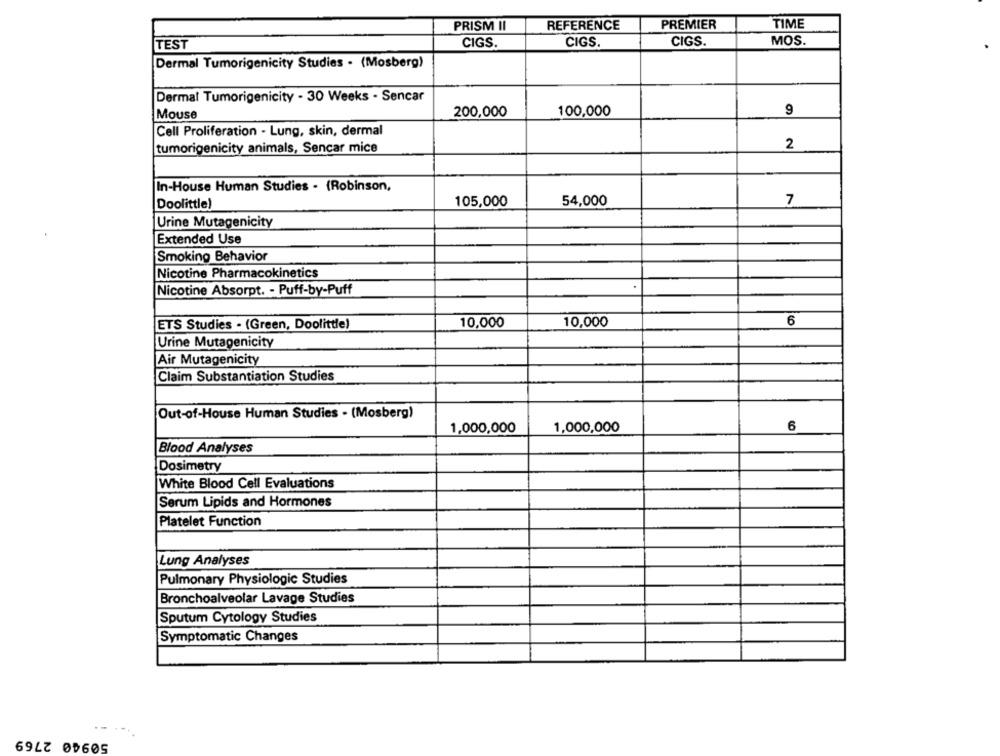
PRISM II
REFERENCE
PREMIER
TIME
TEST
CIGS.
CIGS.
CIGS.
MOS.
Dermal Tumorigenicity Studies . (Mosberg)
Dermat Tumorigenicity - 30 Weeks - Sencar
200,000
100,000
9
Mouse
Cell Proliferation - Lung, skin, dermal
2
tumorigenicity animals, Sencar mice
In-House Human Studies . (Robinson,
Doolittle)
105,000
54,000
7
Urine Mutagenicity
Extended Use
Smoking Behavior
Nicotine Pharmacokinetics
Nicotine Absorpt. - Puff-by-Puff
ETS Studies . (Green, Doolittle)
10,000
10,000
6
Urine Mutagenicity
Air Mutagenicity
Claim Substantiation Studies
Out-of-House Human Studies . (Mosberg)
1,000,000
1,000,000
6
Blood Analyses
Dosimetry
White Blood Cell Evaluations
Serum Lipids and Hormones
Platelet Function
Lung Analyses
Pulmonary Physiologic Studies
Bronchoalveolar Lavage Studies
Sputum Cytology Studies
Symptomatic Changes
50940 2769